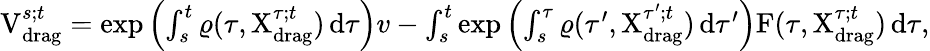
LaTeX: \begin{array}{r}{\mathrm{V}_{\mathrm{drag}}^{s;t}=\exp\left(\int_{s}^{t}\varrho(\tau,\mathrm{X}_{\mathrm{drag}}^{\tau;t})\, \mathrm{d}\tau\right)v-\int_{s}^{t}\exp\left(\int_{s}^{\tau}\varrho(\tau^{\prime},\mathrm{X}_{\mathrm{drag}}^{\tau^{\prime};t})\, \mathrm{d}\tau^{\prime}\right)\mathrm{F}(\tau,\mathrm{X}_{\mathrm{drag}}^{\tau;t})\, \mathrm{d}\tau,}\end{array}